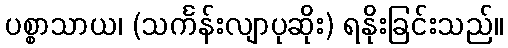
ပစ္စာသာယ၊ (သင်္ကန်းလျာပုဆိုး) ရနိုးခြင်းသည်။